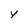
Character: y